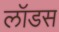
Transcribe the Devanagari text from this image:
लॉडस